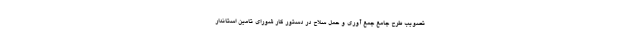
تصویب طرح جامع جمع آوری و حمل سلاح در دستور کار شورای تامین استاندار